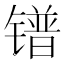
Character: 镨